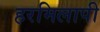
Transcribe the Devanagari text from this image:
हरमिलापी